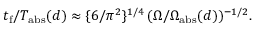
t _ { \mathrm { f } } / T _ { \mathrm { a b s } } ( d ) \approx \{ 6 / \pi ^ { 2 } \} ^ { 1 / 4 } \, ( \Omega / \Omega _ { \mathrm { a b s } } ( d ) ) ^ { - 1 / 2 } .